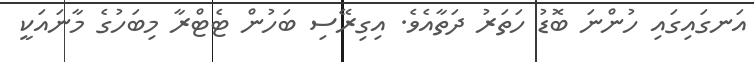
އަނގައިގައި ހުންނަ ބޮޑު ހަތަރު ދަތާއެވެ. އިގިރޭސި ބަހުން ޓެޓްރާ މިބަހުގެ މާނައަކީ